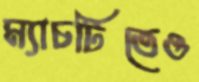
ম্যাচটিতেও